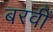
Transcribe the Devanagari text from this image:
बरवीं